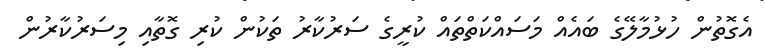
އެގޮތުން ހުޅުމާލޭގެ ބައެއް މަސައްކަތްތައް ކުރީގެ ސަރުކާރު ތަކުން ކުރި ގޮތާއި މިސަރުކާރުން